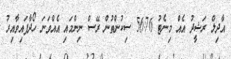
އާދިލް ރަޝީދު އެއް މިނެޓު 56:76 ސިކުންތުން ރޭސް ނިންމައި އެއްވަނަ ހޯދާފައިވާއިރު